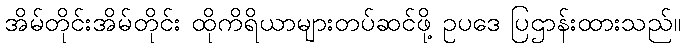
အိမ်တိုင်းအိမ်တိုင်း ထိုကိရိယာများတပ်ဆင်ဖို့ ဥပဒေ ပြဌာန်းထားသည်။